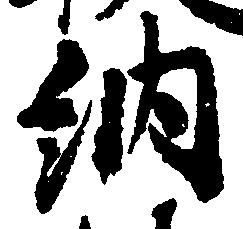
納